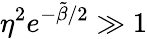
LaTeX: \eta^{2}e^{-\tilde{\beta}/2}\gg 1